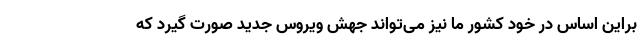
براین اساس در خود کشور ما نیز می‌تواند جهش ویروس جدید صورت گیرد که